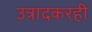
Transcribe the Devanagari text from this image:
उत्रादकरही